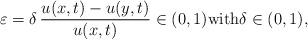
\begin{align*}\varepsilon=\delta\,\frac{u(x,t)-u(y,t)}{u(x,t)} \in (0,1)\textrm{with}\delta \in (0,1),\end{align*}